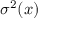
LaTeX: \sigma ^ { 2 } ( x )